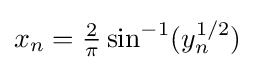
x_{n}={\tfrac {2}{\pi }}\sin ^{-1}(y_{n}^{1/2})